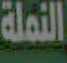
النملة